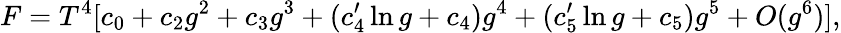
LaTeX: F=T^{4}[c_{0}+c_{2}g^{2}+c_{3}g^{3}+(c_{4}^{\prime}\ln g+c_{4})g^{4}+(c_{5}^{\prime}\ln g+c_{5})g^{5}+O(g^{6})],